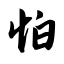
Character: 怕